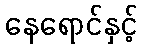
နေရောင်နှင့်